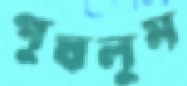
পুষলুম